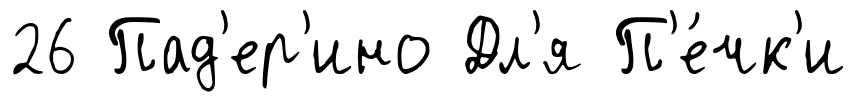
26 Пад'ер'ино Дл'я П'е́чк'и